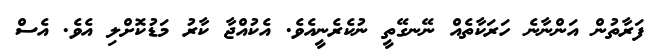
ފަރާތުން އަންނާނެ ހަރަކާތެއް ނޭނގޭތީ ނުކެރެނީއެވެ. އެކުއްޖާ ކާރު މަޑުކޮށްލި އެވެ. އެސް